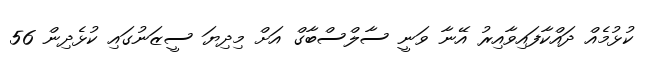
ކުޅުމެއް ދައްކާފައިވާއިރު އޭނާ ވަނީ ސާލްސްބާގް އަށް މިދިޔަ ސީޒަނުގައި ކުޅެދިން 56